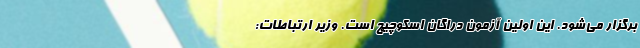
برگزار می‌شود. این اولین آزمون دراگان اسکوچیچ است. وزیر ارتباطات: